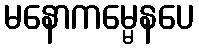
မနောကမ္မေနပေ